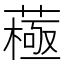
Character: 𦽯